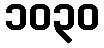
၁၀၃၀